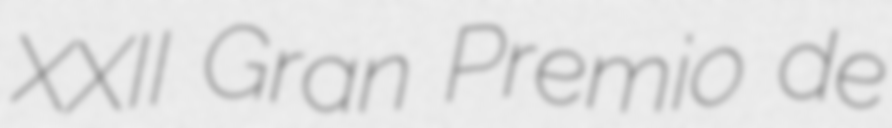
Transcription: XXII Gran Premio de